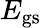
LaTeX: E_{{\mathrm{gs}}}